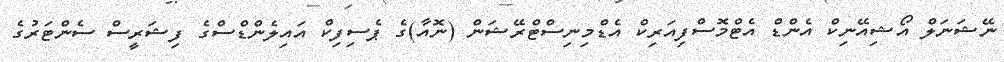
ނޭޝަނަލް އޯޝިއޭނިކް އެންޑް އެޓްމޮސްފިއަރިކް އެޑްމިނިސްްޓްރޭޝަން (ނޮއާ)ގެ ޕެސިފިކް އައިލެންޑްސްގެ ފިޝަރީސް ސެންޓަރުގެ